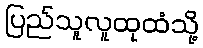
ပြည်သူလူထုထံသို့